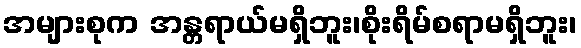
အများစုက အန္တရာယ်မရှိဘူး၊စိုးရိမ်စရာမရှိဘူး၊